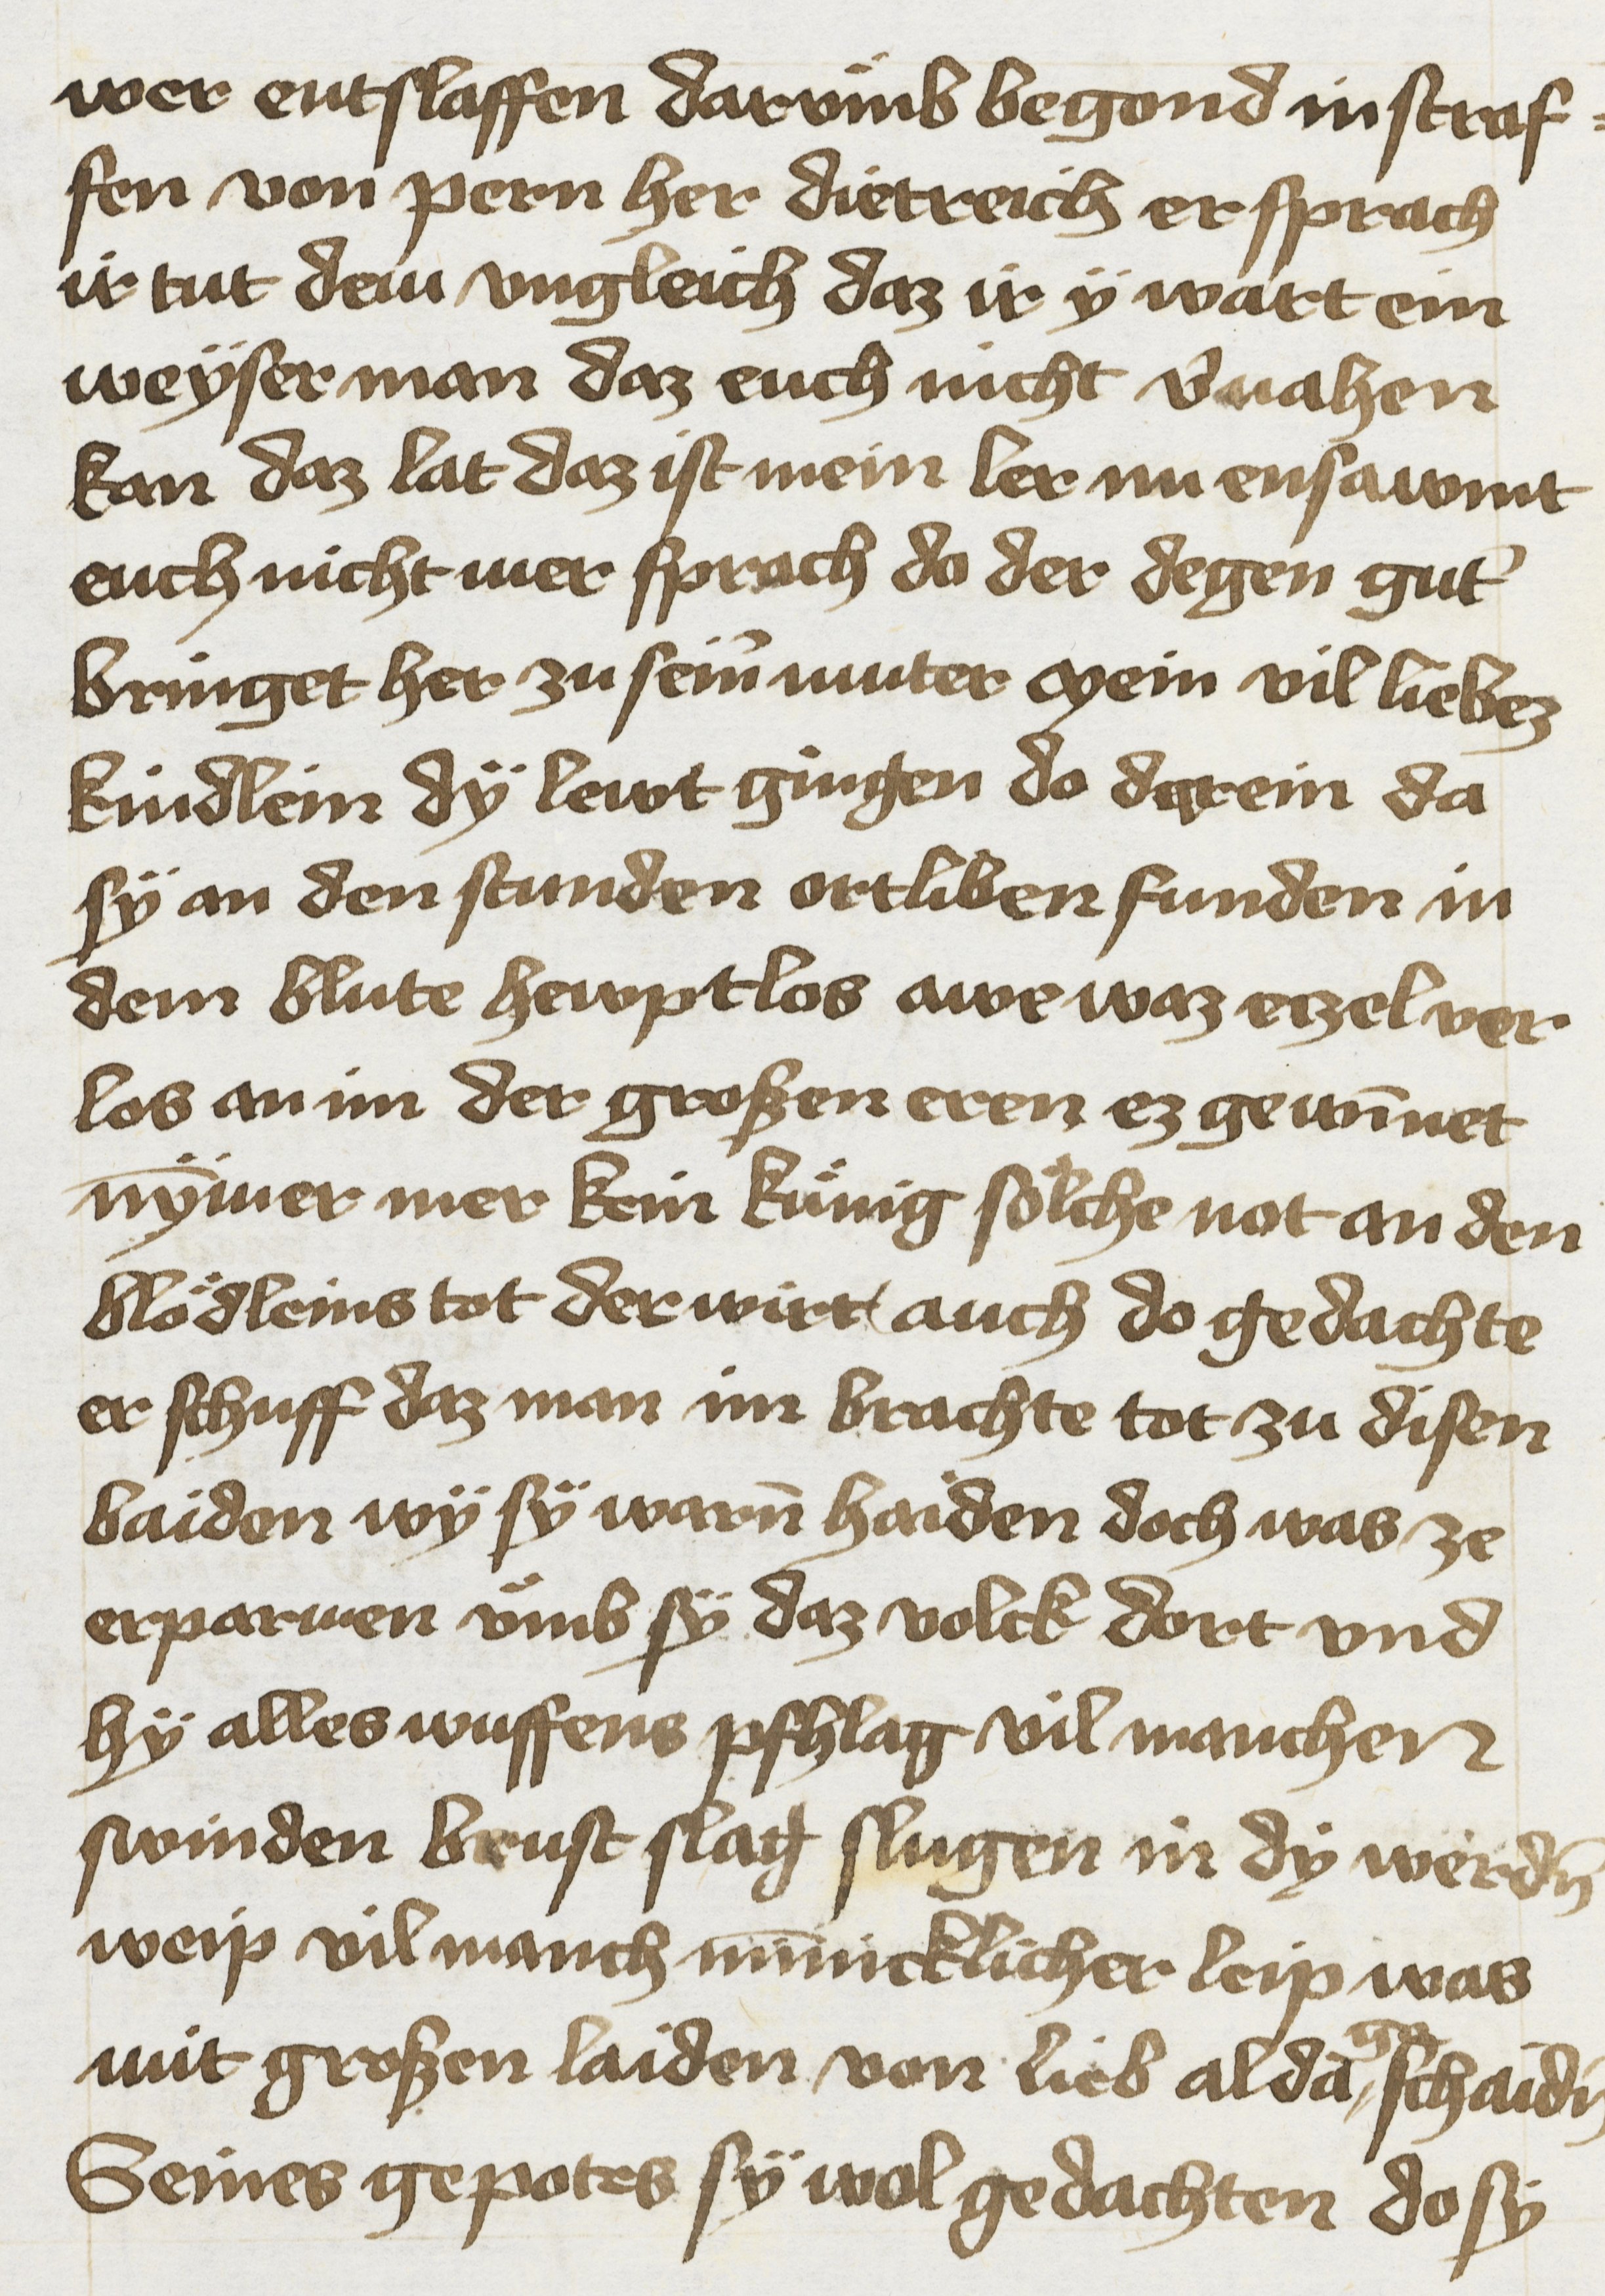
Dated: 1425–1449